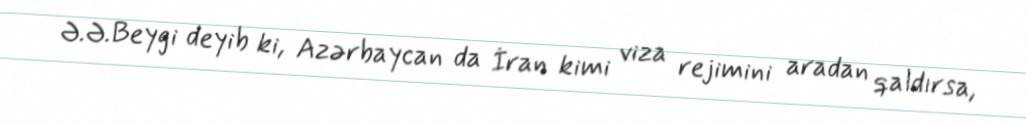
Ə.Ə.Beygi deyib ki, Azərbaycan da İran kimi viza rejimini aradan qaldırsa,